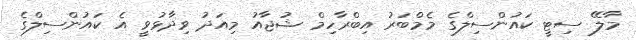
މާލޭ ސިޓީ ކައުންސިލްގެ މެމްބަރު އިބްރާހިމް ޝުޖާއު މިއަދު ވިދާޅުވީ އެ ކައުންސިލްގެ